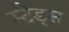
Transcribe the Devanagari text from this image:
स्टेड्स